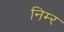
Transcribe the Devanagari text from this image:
निम्‍र